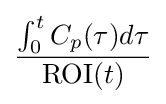
{{\int _{0}^{t}C_{p}(\tau )d\tau } \over \mathrm {ROI} (t)}